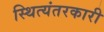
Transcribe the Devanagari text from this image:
स्थित्यंतरकारी